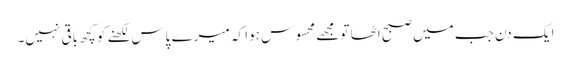
ایک دن جب میں صبح اٹھا تو مجھے محسوس ہوا کہ میرے پاس لکھنے کو کچھ باقی نہیں۔